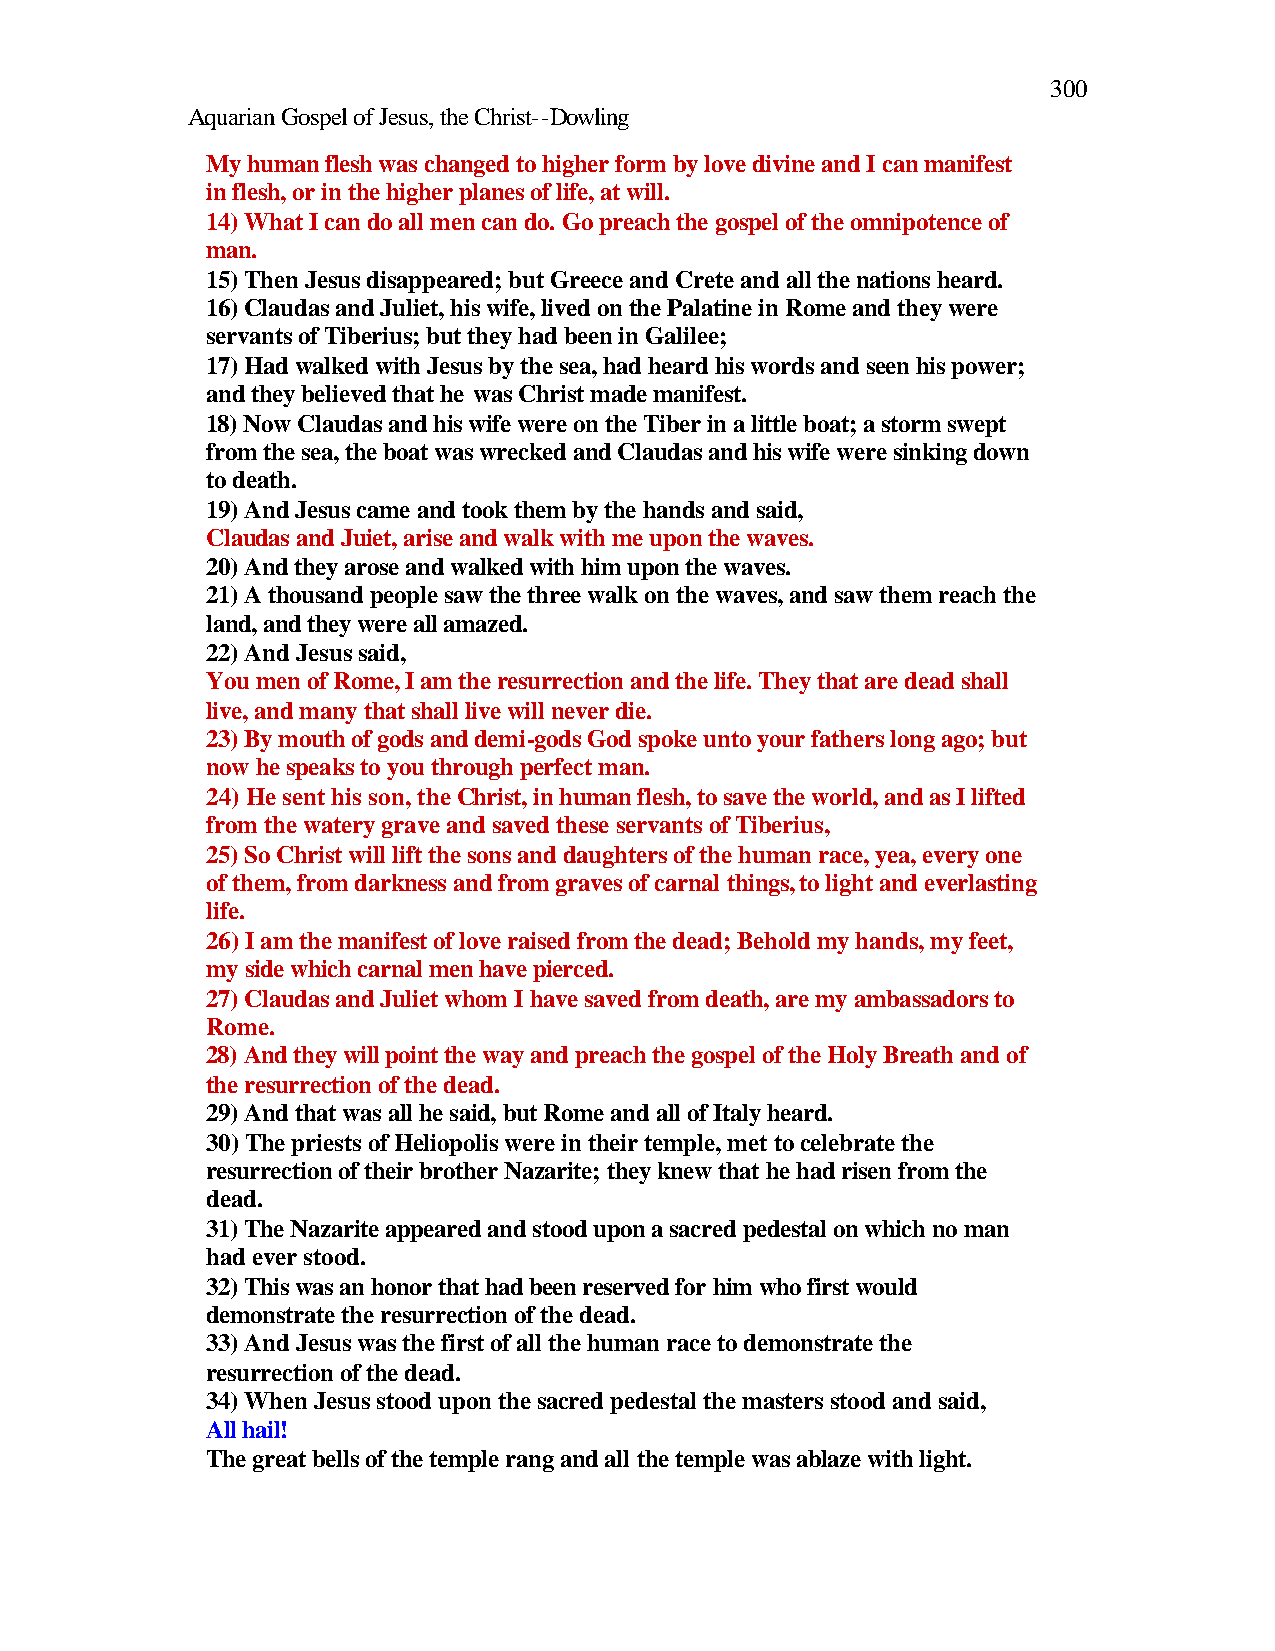
300
 Aquarian Gospel of Jesus, the Christ--Dowling
 My human flesh was changed to higher form by love divine and I can manifest
 in flesh, or in the higher planes of life, at will.
 14) What I can do all men can do. Go preach the gospel of the omnipotence of
 man.
 15) Then Jesus disappeared; but Greece and Crete and all the nations heard.
 16) Claudas and Juliet, his wife, lived on the Palatine in Rome and they were
 servants of Tiberius; but they had been in Galilee;
 17) Had walked with Jesus by the sea, had heard his words and seen his power;
 and they believed that he was Christ made manifest.
 18) Now Claudas and his wife were on the Tiber in a little boat; a storm swept
 from the sea, the boat was wrecked and Claudas and his wife were sinking down
 to death.
 19) And Jesus came and took them by the hands and said,
 Claudas and Juiet, arise and walk with me upon the waves.
 20) And they arose and walked with him upon the waves.
 21) A thousand people saw the three walk on the waves, and saw them reach the
 land, and they were all amazed.
 22) And Jesus said,
 You men of Rome, I am the resurrection and the life. They that are dead shall
 live, and many that shall live will never die.
 23) By mouth of gods and demi-gods God spoke unto your fathers long ago; but
 now he speaks to you through perfect man.
 24) He sent his son, the Christ, in human flesh, to save the world, and as I lifted
 from the watery grave and saved these servants of Tiberius,
 25) So Christ will lift the sons and daughters of the human race, yea, every one
 of them, from darkness and from graves of carnal things, to light and everlasting
 life.
 26) I am the manifest of love raised from the dead; Behold my hands, my feet,
 my side which carnal men have pierced.
 27) Claudas and Juliet whom I have saved from death, are my ambassadors to
 Rome.
 28) And they will point the way and preach the gospel of the Holy Breath and of
 the resurrection of the dead.
 29) And that was all he said, but Rome and all of Italy heard.
 30) The priests of Heliopolis were in their temple, met to celebrate the
 resurrection of their brother Nazarite; they knew that he had risen from the
 dead.
 31) The Nazarite appeared and stood upon a sacred pedestal on which no man
 had ever stood.
 32) This was an honor that had been reserved for him who first would
 demonstrate the resurrection of the dead.
 33) And Jesus was the first of all the human race to demonstrate the
 resurrection of the dead.
 34) When Jesus stood upon the sacred pedestal the masters stood and said,
 All hail!
 The great bells of the temple rang and all the temple was ablaze with light.